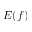
E ( f )